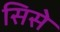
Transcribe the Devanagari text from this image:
सिसे